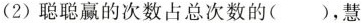
（2）聪聪赢的次数占总次数的（ ），慧